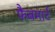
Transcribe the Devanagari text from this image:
फैबमार्ट